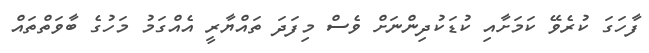
ފާހަގަ ކުރެވޭ ކަމަށާއި ކުޑަކުދިންނަށް ވެސް މިފަދަ ތައްޔާރީ އެއްގަމު މަހުގެ ބާވަތްތައް